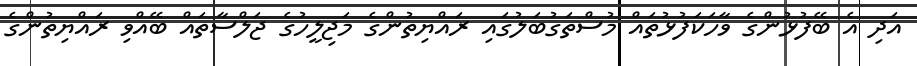
އަދި އެ ބޭފުޅުންގެ ވާހަކަފުޅުތައް މުސްތަގުބަލުގައި ރައްޔިތުންގެ މަޖިލީހުގެ ޖަލްސާތައް ބޭއްވި ރައްޔިތުންގެ